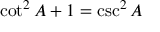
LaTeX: \cot ^ { 2 } A + 1 = \csc ^ { 2 } A